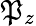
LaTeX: \mathfrak{P}_{z}